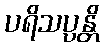
ပရိသပ္ပန္တိ